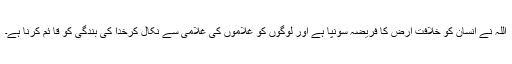
اللہ نے انسان کو خلافت ارض کا فریضہ سونپا ہے اور لوگوں کو غلاموں کی غلامی سے نکال کرخدا کی بندگی کو قا ئم کرنا ہے۔